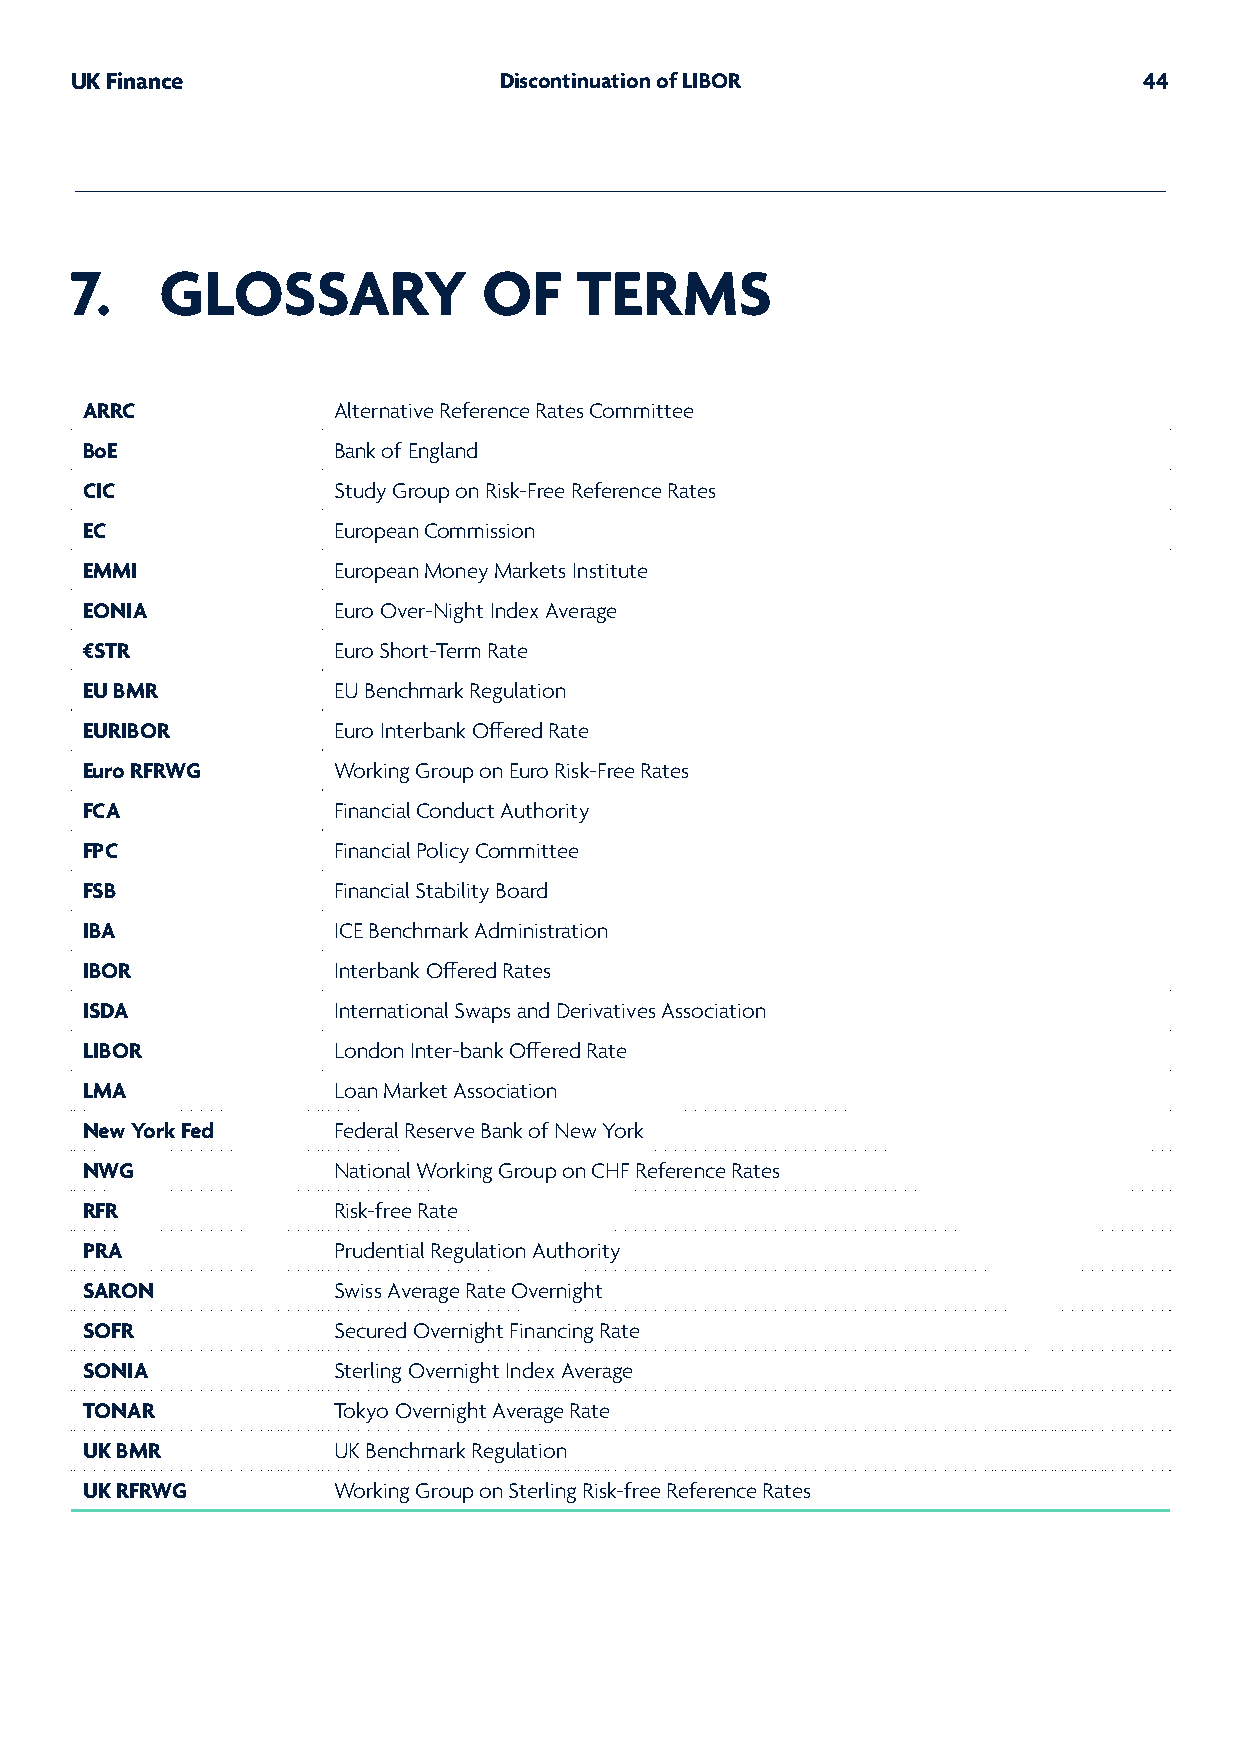
UK Finance                  Discontinuation of LIBOR                   44
 7.    GLOSSARY             OF    TERMS
 ARRC             Alternative Reference Rates Committee
 BoE              Bank of England
 CIC              Study Group on Risk-Free Reference Rates
 EC               European Commission
 EMMI             European Money Markets Institute
 EONIA            Euro Over-Night Index Average
 €STR             Euro Short-Term Rate
 EU BMR           EU Benchmark Regulation
 EURIBOR          Euro Interbank Offered Rate
 Euro RFRWG       Working Group on Euro Risk-Free Rates
 FCA              Financial Conduct Authority
 FPC              Financial Policy Committee
 FSB              Financial Stability Board
 IBA              ICE Benchmark Administration
 IBOR             Interbank Offered Rates
 ISDA             International Swaps and Derivatives Association
 LIBOR            London Inter-bank Offered Rate
 LMA              Loan Market Association
 New York Fed     Federal Reserve Bank of New York
 NWG              National Working Group on CHF Reference Rates
 RFR              Risk-free Rate
 PRA              Prudential Regulation Authority
 SARON            Swiss Average Rate Overnight
 SOFR             Secured Overnight Financing Rate
 SONIA            Sterling Overnight Index Average
 TONAR            Tokyo Overnight Average Rate
 UK BMR           UK Benchmark Regulation
 UK RFRWG         Working Group on Sterling Risk-free Reference Rates